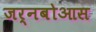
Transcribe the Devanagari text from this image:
जर्नबोआस